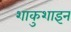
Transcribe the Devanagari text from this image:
शाकुशाइन